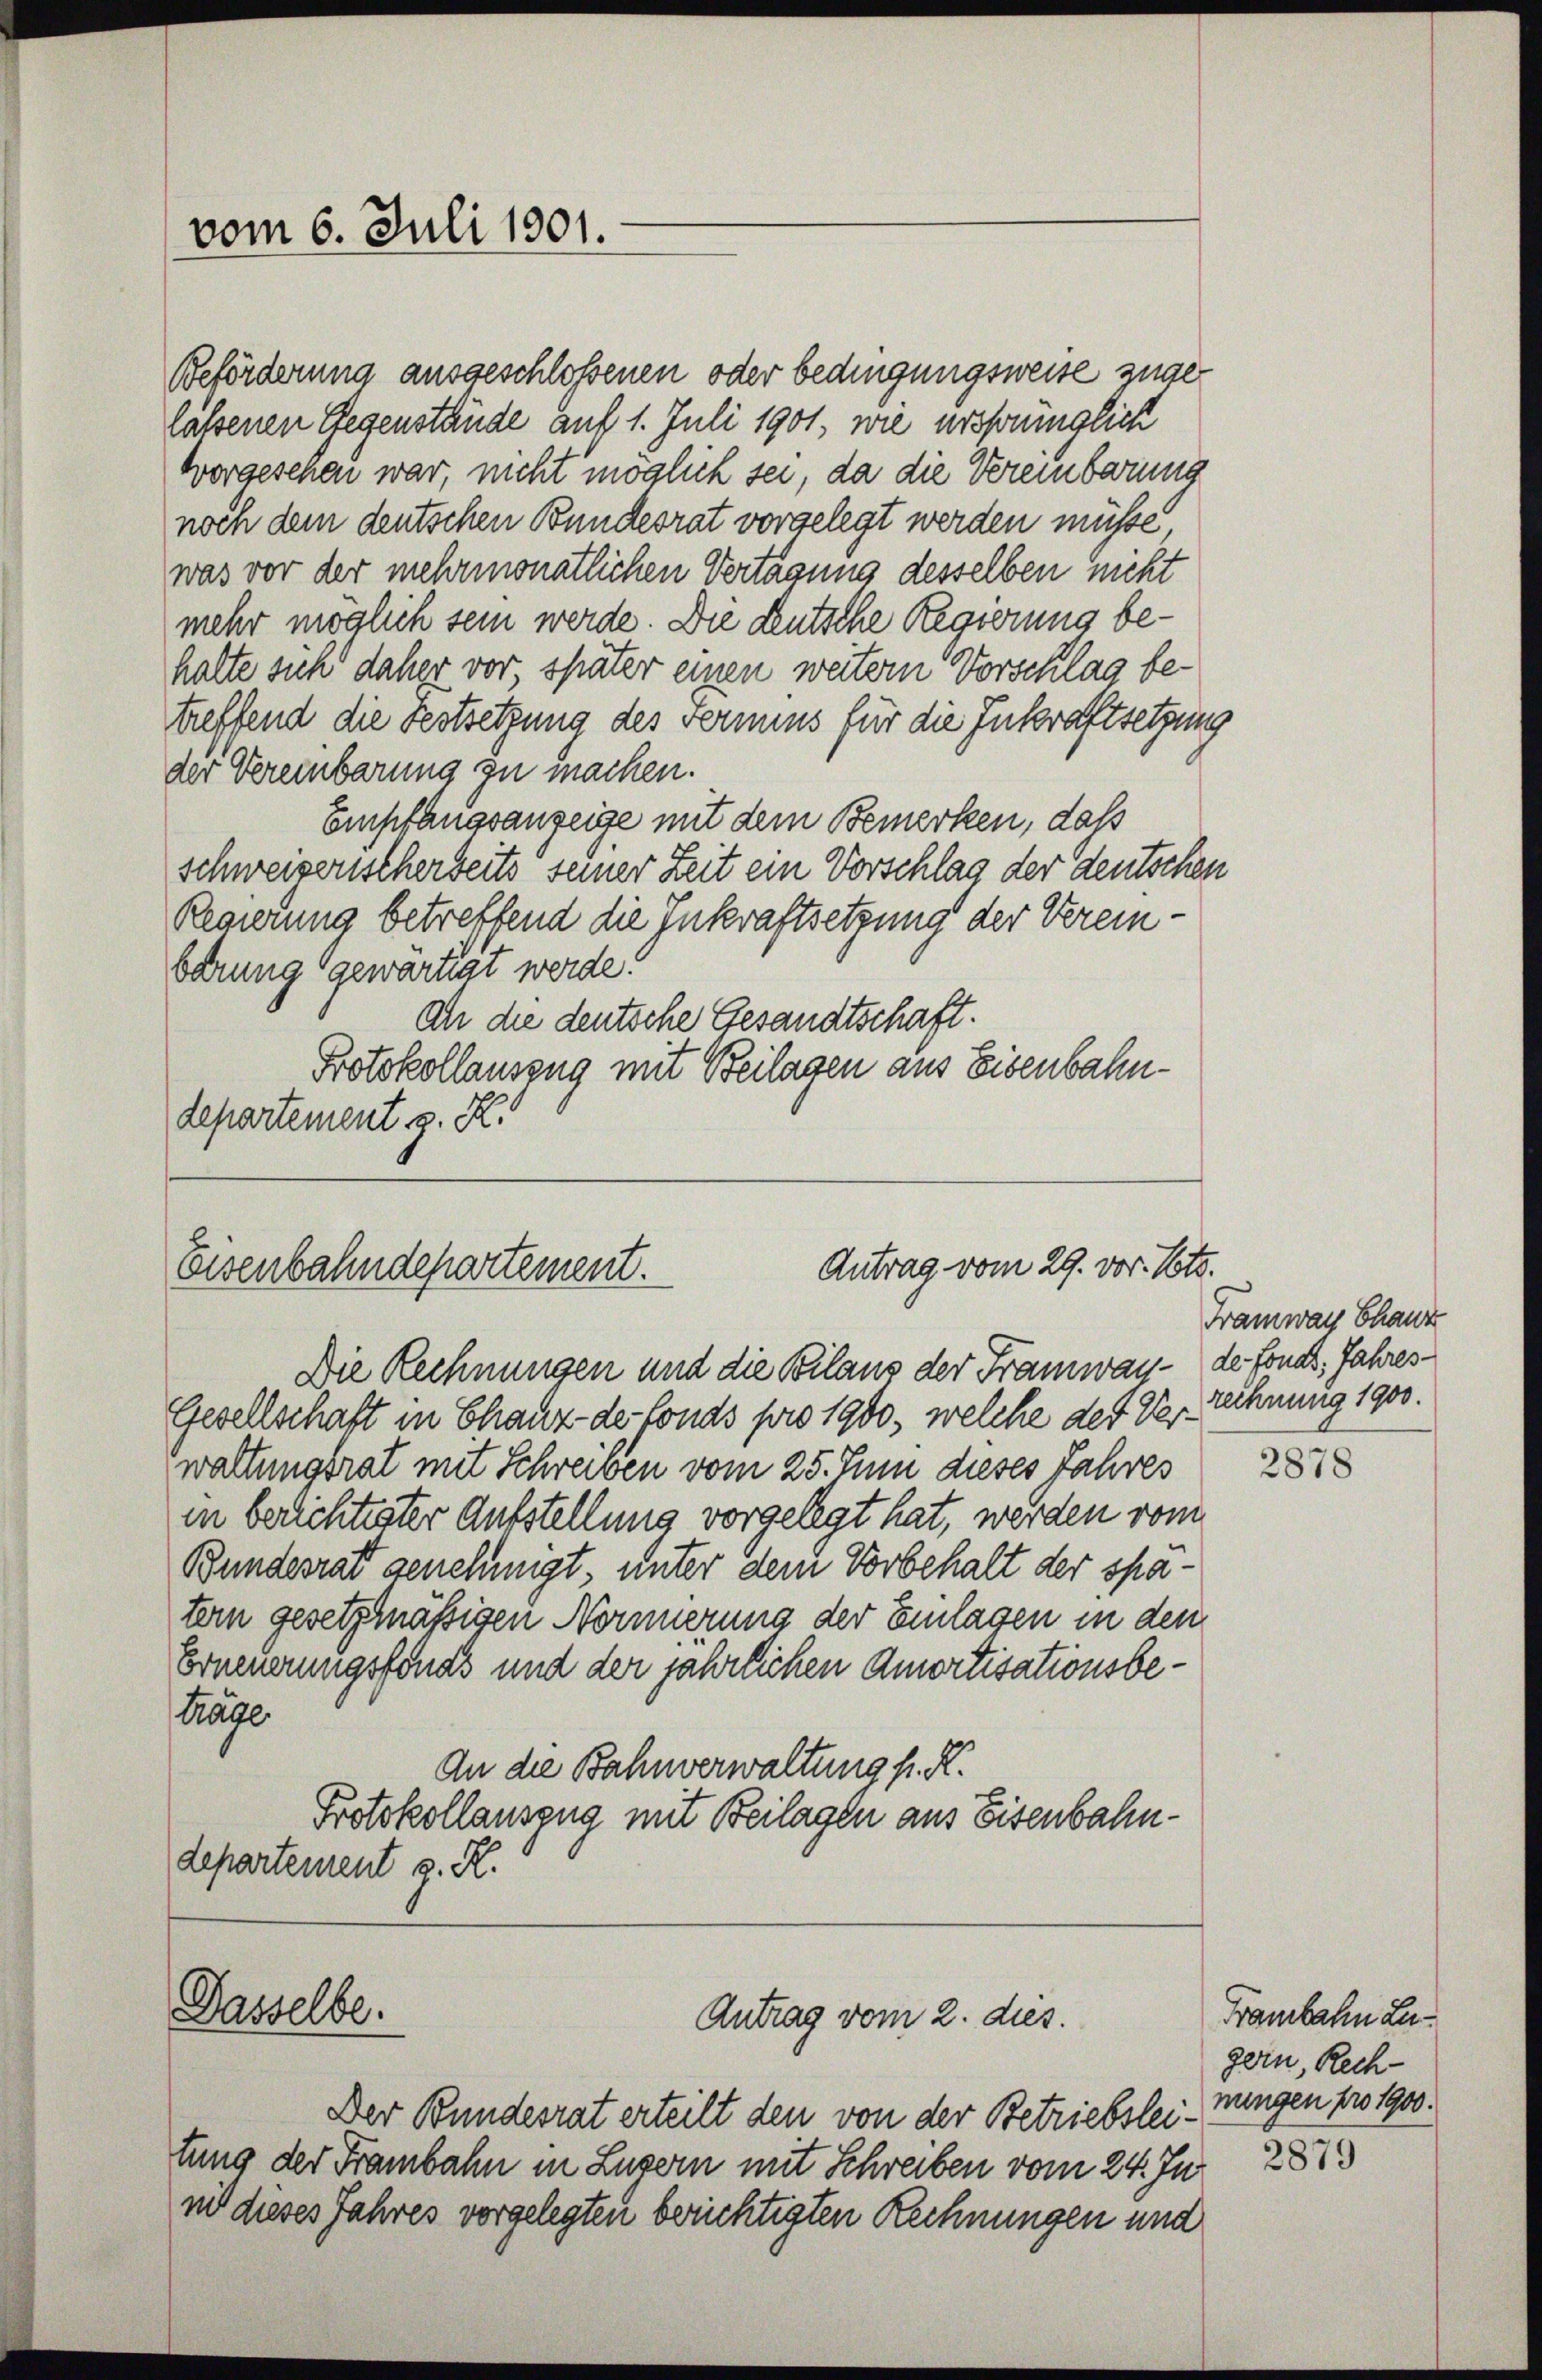
vom 6. Juli 1901.

Beförderung ausgeschlossenen oder bedingungsweise zugelassenen Gegenstände auf 1. Juli 1901, wie ursprünglich
Vorgeschen war, nicht möglich sei, da die Vereinbarung
noch dem deutschen Bundesrat vorgelegt werden müsse
was vor der mehrmonatlichen Vertagung desselben nicht
mehr möglich sein werde. Die deutsche Regierung behalte sich daher vor später einen weitern Vorschlag betreffend die Festsetzung des Fermins für die Inkraftsetzung
der Vereinbarung zu machen.
Empfangsanzeige mit dem Bemerken, daß
schweizeristherbeits seiner Zeit ein Vorschlag der deutschen
Regierung betreffend die Inkraftsetzung der Vereinberung gewartigt werde.
An die deutsche Gesandtschaft.
Protokollauszug mit Beilagen aus Eisenbahndepartement z. R.

Antrag vom 29. vor. Nott.
Eisenbahndepartement.

Gesellschaft in Chaux-de fonds pro 1900, welche des Verwaltungsrat mit Schreiben vom 25. Juni dieses Jahres
in berichtester Aufstellung vorgelegt hat, werden vom
Bundesrat genehmigt unter dem Vorbehalt der spatern gesetzmäßigen Normerung der Einlagen in den
Erneuerungsfonds und der jährlichen Amortisationsbe¬
Träge
An die Bahnverwaltung s. R.
Protokollauszug mit Beilagen aus Eisenbahndepartement z. R.

Dasselbe.

Die Rechnungen und die Bilans der Tramway- de fonds. Jahres¬

Der Bundesrat erteilt den von der Betriebsteitung der Franbahn in Luzern mit Schreiben vom 24. Juni 287.
mit dieses Jahres vorgelegten berichtigten Rechnungen und

Antrag vom 2. dies.

Framway Chanz
rechnung 1900.

2878

Franzbahn Legern, Rechmungen pro 1900.